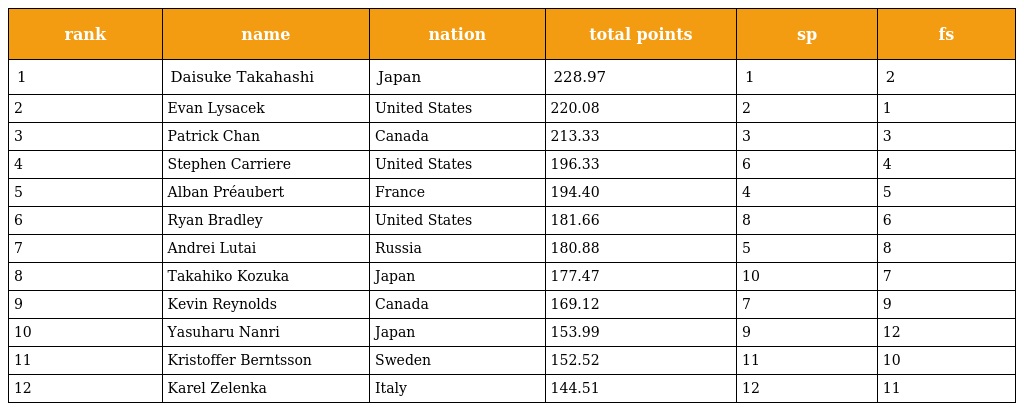
| rank | name | nation | total points | sp | fs |
 | --- | --- | --- | --- | --- | --- |
 | 1 | Daisuke Takahashi | Japan | 228.97 | 1 | 2 |
 | 2 | Evan Lysacek | United States | 220.08 | 2 | 1 |
 | 3 | Patrick Chan | Canada | 213.33 | 3 | 3 |
 | 4 | Stephen Carriere | United States | 196.33 | 6 | 4 |
 | 5 | Alban Préaubert | France | 194.40 | 4 | 5 |
 | 6 | Ryan Bradley | United States | 181.66 | 8 | 6 |
 | 7 | Andrei Lutai | Russia | 180.88 | 5 | 8 |
 | 8 | Takahiko Kozuka | Japan | 177.47 | 10 | 7 |
 | 9 | Kevin Reynolds | Canada | 169.12 | 7 | 9 |
 | 10 | Yasuharu Nanri | Japan | 153.99 | 9 | 12 |
 | 11 | Kristoffer Berntsson | Sweden | 152.52 | 11 | 10 |
 | 12 | Karel Zelenka | Italy | 144.51 | 12 | 11 |